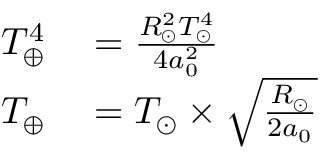
\begin{array} { r l } { T _ { \oplus } ^ { 4 } } & { { } = { \frac { R _ { \odot } ^ { 2 } T _ { \odot } ^ { 4 } } { 4 a _ { 0 } ^ { 2 } } } } \\ { T _ { \oplus } } & { { } = T _ { \odot } \times { \sqrt { \frac { R _ { \odot } } { 2 a _ { 0 } } } } } \end{array}